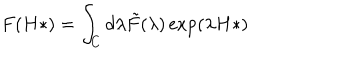
F ( H * ) = \int _ { C } d \lambda \tilde { F } ( \lambda ) \exp ( \lambda H * )